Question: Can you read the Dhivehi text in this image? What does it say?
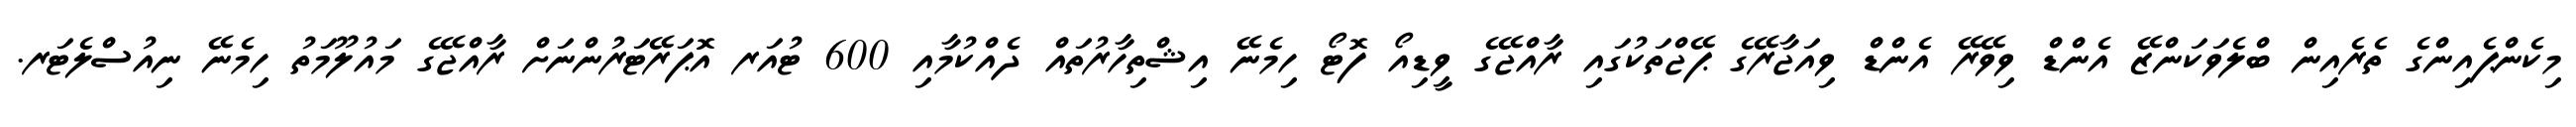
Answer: މިކެންޕެއިންގެ ތެރެއިން ބްލެވަކަންޒޭ އެންޑް ވިވޭރޭ އެންޑް ވިއަޖާރޭގެ ޕޭޖްތަކުގައި ރާއްޖޭގެ ވީޑިއޯ ފޮޓޯ ހިމެނޭ އިޝްތިހާރުތައް ދެއްކުމާއި 600 ޓުއަރ އޮޕަރޭޓަރުންނަށް ރާއްޖޭގެ މައުލޫމަތު ހިމެނޭ ނިއުސްލެޓަރ.